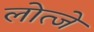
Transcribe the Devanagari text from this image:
लोत्जे